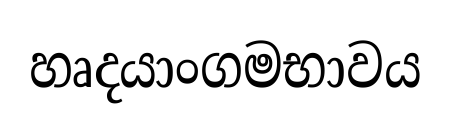
හෘදයාංගමභාවය